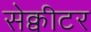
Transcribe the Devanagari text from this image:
सेक्वीटर